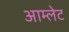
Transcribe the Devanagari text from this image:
आम्‍लेट